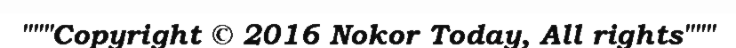
"""Copyright © 2016 Nokor Today, All rights"""